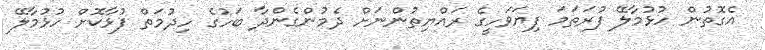
އެގޮތުން ހުޅުމާލޭ ފުރަތަމަ ފިޔަވަހީގެ ރައްޔިތުންނަށް ދެމުންގެންދާ ބަހުގެ ހިދުމަތް ފުޅާކޮށް ހުޅުމާލޭ